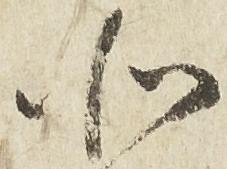
北